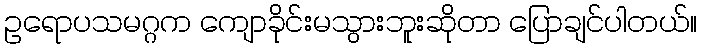
ဥရောပသမဂ္ဂက ကျောခိုင်းမသွားဘူးဆိုတာ ပြောချင်ပါတယ်။